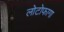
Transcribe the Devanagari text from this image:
लोटोफागा